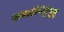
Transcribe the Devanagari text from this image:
मान्कण्णिट्टेषु़त्तु